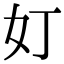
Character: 奵